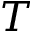
T